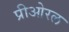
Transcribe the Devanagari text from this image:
प्रीओरल